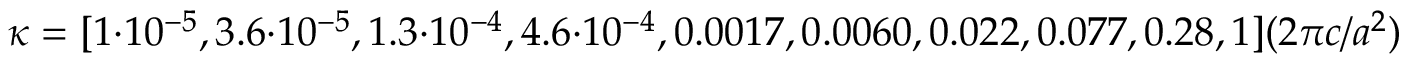
\kappa = [ 1 \cdot 1 0 ^ { - 5 } , 3 . 6 \cdot 1 0 ^ { - 5 } , 1 . 3 \cdot 1 0 ^ { - 4 } , 4 . 6 \cdot 1 0 ^ { - 4 } , 0 . 0 0 1 7 , 0 . 0 0 6 0 , 0 . 0 2 2 , 0 . 0 7 7 , 0 . 2 8 , 1 ] ( 2 \pi c / a ^ { 2 } )